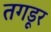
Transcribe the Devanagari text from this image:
तगडूर